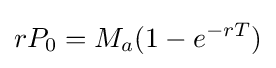
rP_{0}=M_{a}(1-e^{-rT})